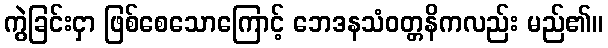
ကွဲခြင်းငှာ ဖြစ်စေသောကြောင့် ဘေဒနသံဝတ္တနိကလည်း မည်၏။